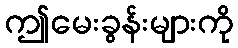
ဤမေးခွန်းများကို